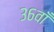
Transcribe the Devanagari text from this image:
३६वाँ